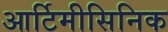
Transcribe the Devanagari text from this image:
आर्टिमीसिनिक